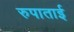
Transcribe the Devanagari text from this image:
रुपाताई